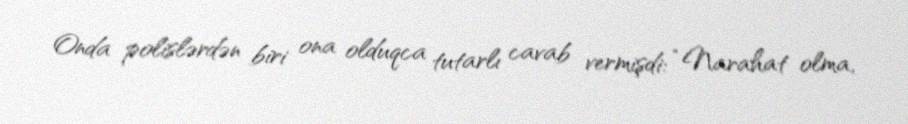
Onda polislərdən biri ona olduqca tutarlı cavab vermişdi: “Narahat olma,